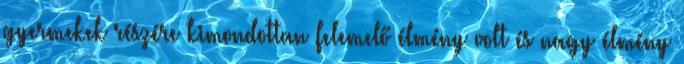
gyermekek részére kimondottan felemelő élmény volt és nagy élmény